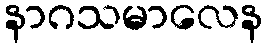
နာဂသမာလေန